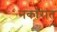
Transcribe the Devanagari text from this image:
नकारांत